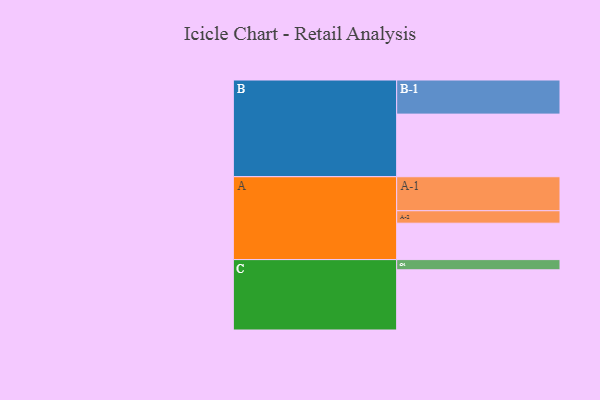
{"axis": {"x": "Segment", "y": "Value"}, "legend": ["", "A", "B", "C"], "data": [{"x": "A", "y": 318, "type": ""}, {"x": "B", "y": 547, "type": ""}, {"x": "C", "y": 526, "type": ""}, {"x": "A-1", "y": 297, "type": "A"}, {"x": "A-2", "y": 109, "type": "A"}, {"x": "B-1", "y": 298, "type": "B"}, {"x": "C-1", "y": 89, "type": "C"}]}